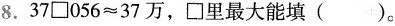
8.$$3 7 \Box 0 5 6 ≈ 3 7$$万，\Box 里最大能填( )。